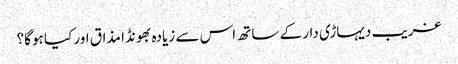
غریب دیہاڑی دار کے ساتھ اس سے زیادہ بھونڈا مذاق اور کیا ہوگا؟